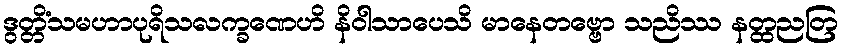
ဒွတ္တိံသမဟာပုရိသလက္ခဏေဟိ နိဝါသာပေသိ မာနေတဗ္ဗော သညိဿ နတ္ထညတြ